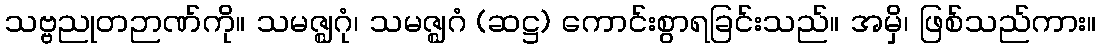
သဗ္ဗညုတဉာဏ်ကို။ သမဇ္ဈဂုံ၊ သမဇ္ဈဂံ (ဆဋ္ဌ) ကောင်းစွာရခြင်းသည်။ အမှိ၊ ဖြစ်သည်ကား။